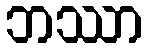
ဘဿာ